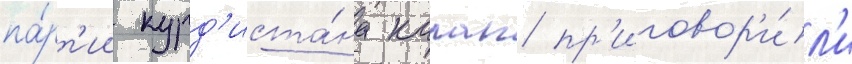
па́рт'ии курд'иста́на калап пр'иговор'и́л'и